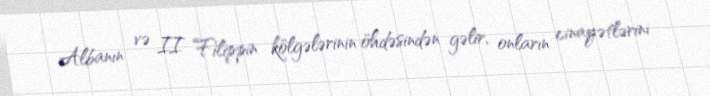
Albanın və II Filippin kölgələrinin öhdəsindən gəlir, onların cinayətlərini